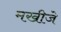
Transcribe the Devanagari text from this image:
मखीजे